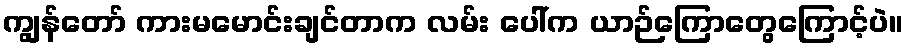
ကျွန်တော် ကားမမောင်းချင်တာက လမ်း ပေါ်က ယာဉ်ကြောတွေကြောင့်ပဲ။